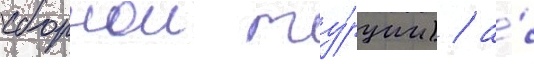
сборнои ту́рции) / а́